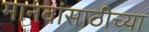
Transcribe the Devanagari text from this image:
मानवांसाठीच्या